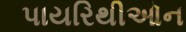
પાયરિથીઓન